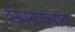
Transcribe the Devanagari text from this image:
देऊळगावकरांचा